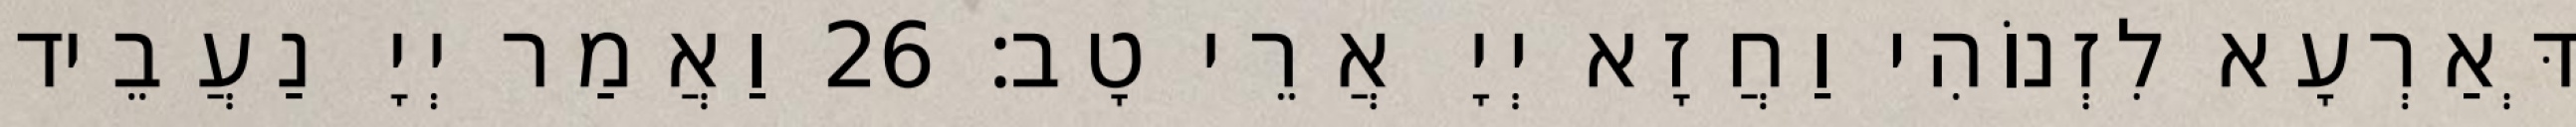
דְּאַרְעָא לִזְנוֹהִי וַחֲזָא יְיָ אֲרֵי טָב׃ 26 וַאֲמַר יְיָ נַעֲבֵיד